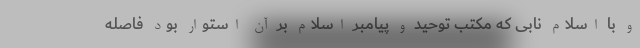
و با اسلام نابی که مکتب توحید و پیامبر اسلام بر آن استوار بود فاصله